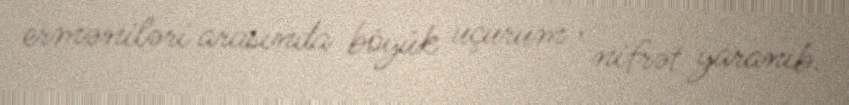
erməniləri arasında böyük uçurum , nifrət yaranıb.